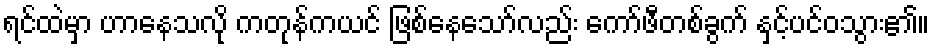
ရင်ထဲမှာ ဟာနေသလို ကတုန်ကယင် ဖြစ်နေသော်လည်း ကော်ဖီတစ်ခွက် နှင့်ပင်ဝသွား၏။